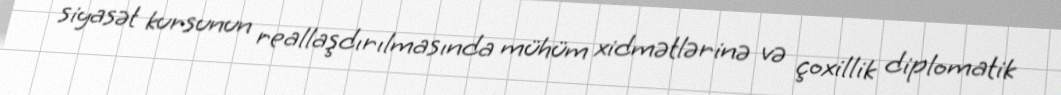
siyasət kursunun reallaşdırılmasında mühüm xidmətlərinə və çoxillik diplomatik